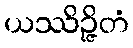
ယဿိဉ္ဇိတံ